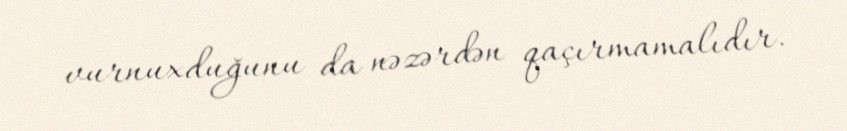
vurnuxduğunu da nəzərdən qaçırmamalıdır.